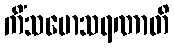
ကိံသမောသရဏာတိ